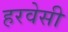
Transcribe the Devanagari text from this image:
हरवेसी